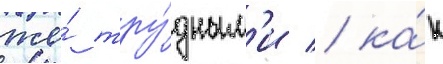
же́ тру́дным'и / ка́к